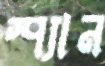
স্প্যান